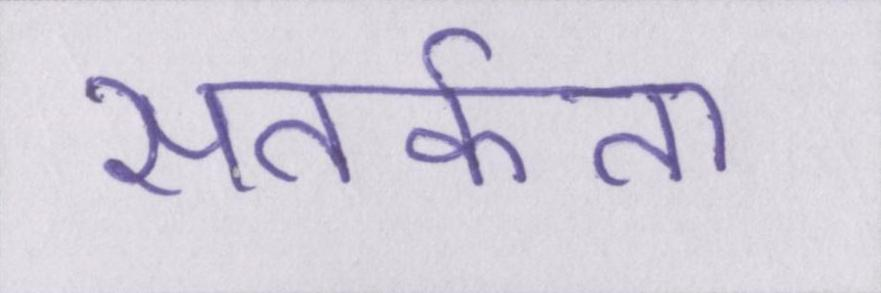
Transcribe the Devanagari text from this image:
सतर्कता